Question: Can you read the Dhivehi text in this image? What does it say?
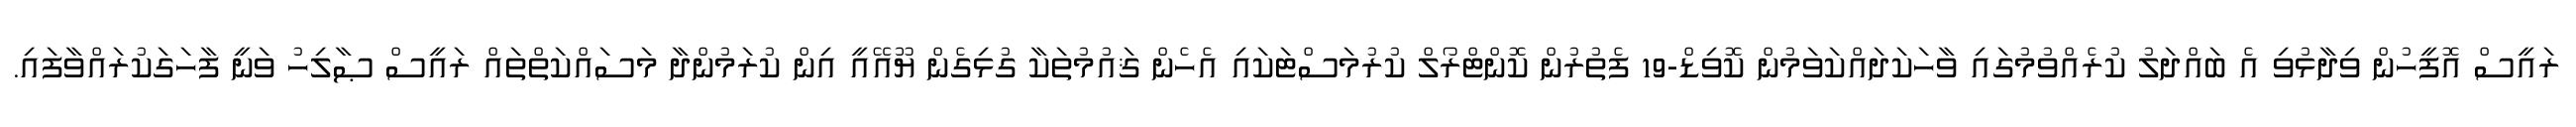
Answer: ރައީސް އޮފީހުން ވިދާޅުވި އެ ބައްދަލު ކުރެއްވުމުގައި ވާހަކަދައްކަވަމުން ކޮވިޑް-19 ފެތުރުން ކޮންޓްރޯލް ކުރުމަސްޓަކައި އެހެން ޤައުމުތަކާ ގުޅިގެން ޔޫއޭއީ އިން ކުރަމުންދާ މަސައްކަތްތައް ރައީސް ޞާލިހު ވަނީ ފާހަގަކުރައްވާފައި.